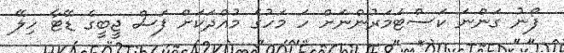
ފޯނު ގަންނަ ކަސްޓަމަރުންނަށް ހަ މަހުގެ މުއްދަކަށް ފަސް ޖީބީގެ ޑޭޓާ ހިލޭ